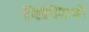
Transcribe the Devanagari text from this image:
रिस्टिवो